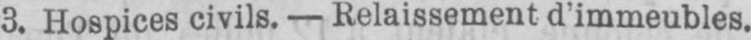
3. Hospices civils. - Relaissement d’immeubles.